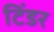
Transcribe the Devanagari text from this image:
टिंडर